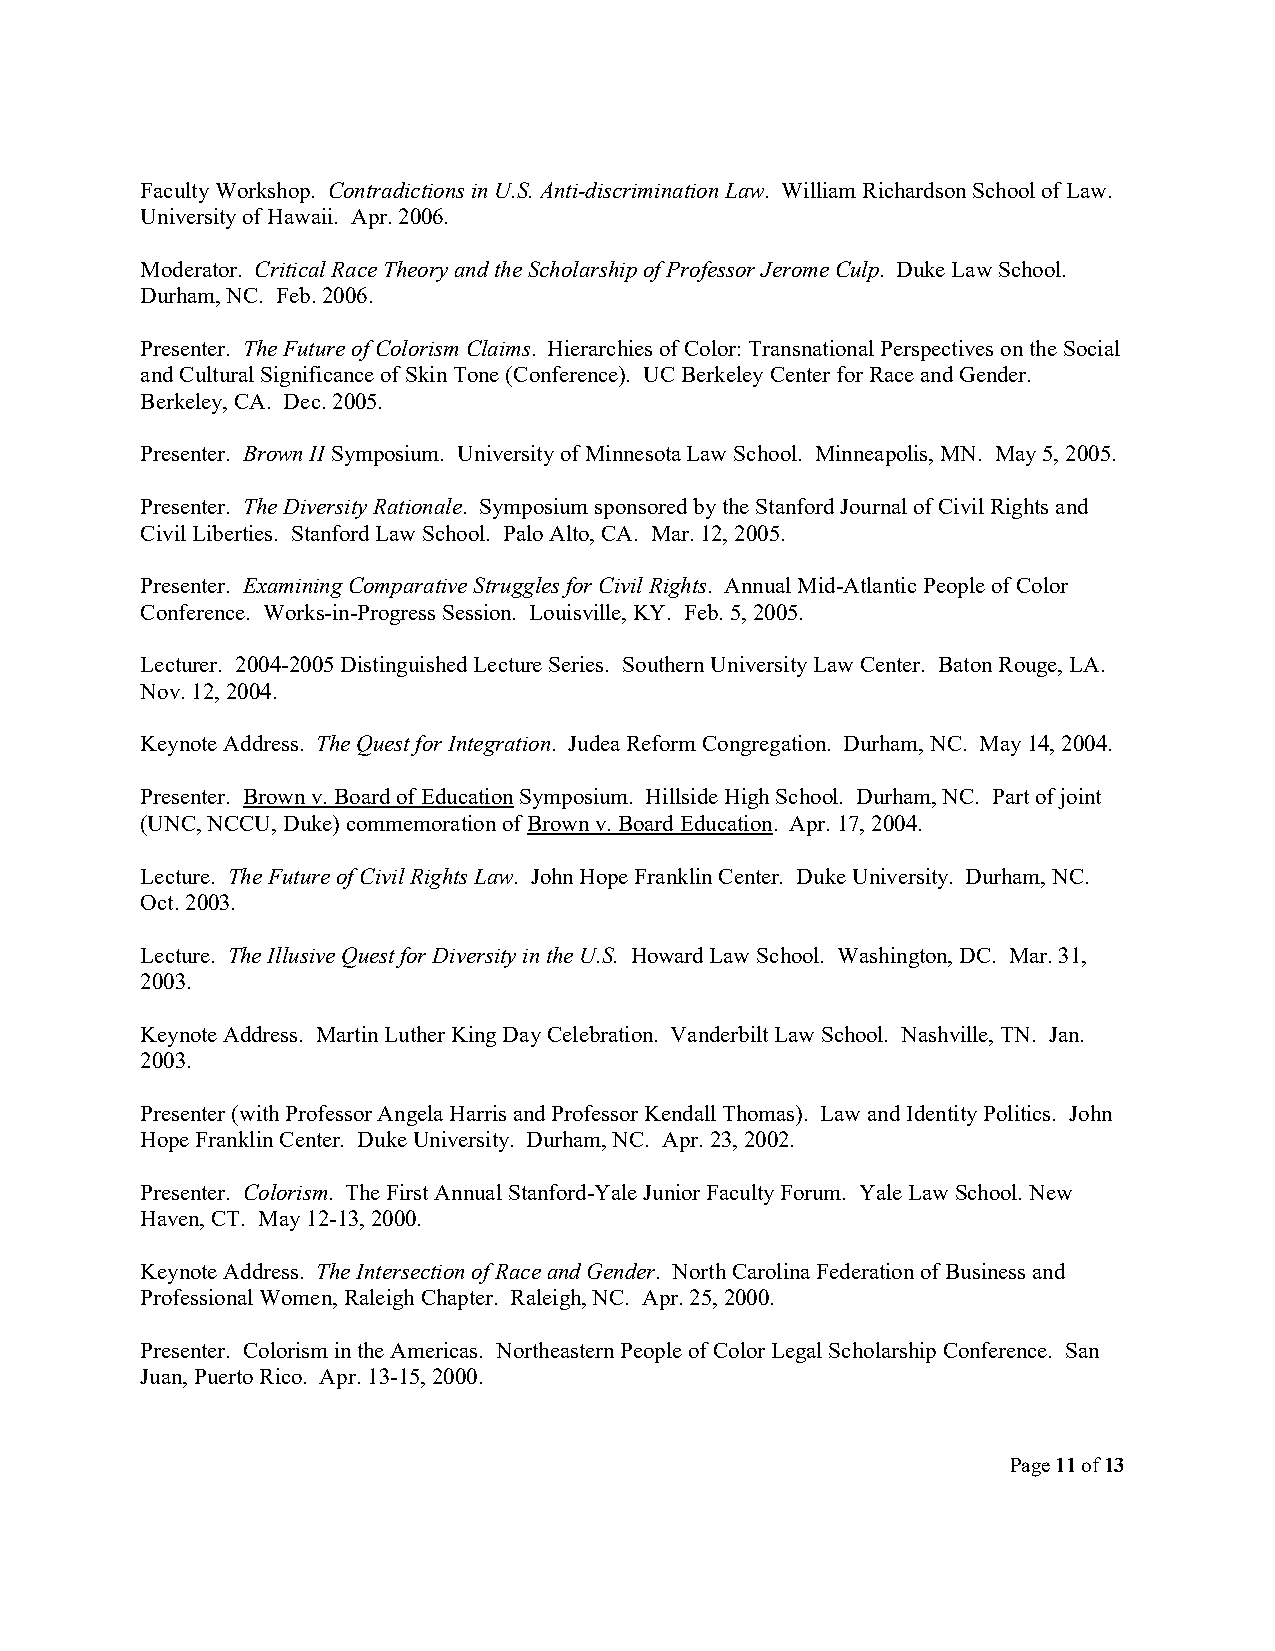
Faculty Workshop. Contradictions in U.S. Anti-discrimination Law. William Richardson School of Law.
 University of Hawaii. Apr. 2006.
 Moderator. Critical Race Theory and the Scholarship of Professor Jerome Culp. Duke Law School.
 Durham, NC. Feb. 2006.
 Presenter. The Future of Colorism Claims. Hierarchies of Color: Transnational Perspectives on the Social
 and Cultural Significance of Skin Tone (Conference). UC Berkeley Center for Race and Gender.
 Berkeley, CA. Dec. 2005.
 Presenter. Brown II Symposium. University of Minnesota Law School. Minneapolis, MN. May 5, 2005.
 Presenter. The Diversity Rationale. Symposium sponsored by the Stanford Journal of Civil Rights and
 Civil Liberties. Stanford Law School. Palo Alto, CA. Mar. 12, 2005.
 Presenter. Examining Comparative Struggles for Civil Rights. Annual Mid-Atlantic People of Color
 Conference. Works-in-Progress Session. Louisville, KY. Feb. 5, 2005.
 Lecturer. 2004-2005 Distinguished Lecture Series. Southern University Law Center. Baton Rouge, LA.
 Nov. 12, 2004.
 Keynote Address. The Quest for Integration. Judea Reform Congregation. Durham, NC. May 14, 2004.
 Presenter. Brown v. Board of Education Symposium. Hillside High School. Durham, NC. Part of joint
 (UNC, NCCU, Duke) commemoration of Brown v. Board Education. Apr. 17, 2004.
 Lecture. The Future of Civil Rights Law. John Hope Franklin Center. Duke University. Durham, NC.
 Oct. 2003.
 Lecture. The Illusive Quest for Diversity in the U.S. Howard Law School. Washington, DC. Mar. 31,
 2003.
 Keynote Address. Martin Luther King Day Celebration. Vanderbilt Law School. Nashville, TN. Jan.
 2003.
 Presenter (with Professor Angela Harris and Professor Kendall Thomas). Law and Identity Politics. John
 Hope Franklin Center. Duke University. Durham, NC. Apr. 23, 2002.
 Presenter. Colorism. The First Annual Stanford-Yale Junior Faculty Forum. Yale Law School. New
 Haven, CT. May 12-13, 2000.
 Keynote Address. The Intersection of Race and Gender. North Carolina Federation of Business and
 Professional Women, Raleigh Chapter. Raleigh, NC. Apr. 25, 2000.
 Presenter. Colorism in the Americas. Northeastern People of Color Legal Scholarship Conference. San
 Juan, Puerto Rico. Apr. 13-15, 2000.
 Page 11 of 13